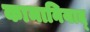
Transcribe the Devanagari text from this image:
कामानियाद्